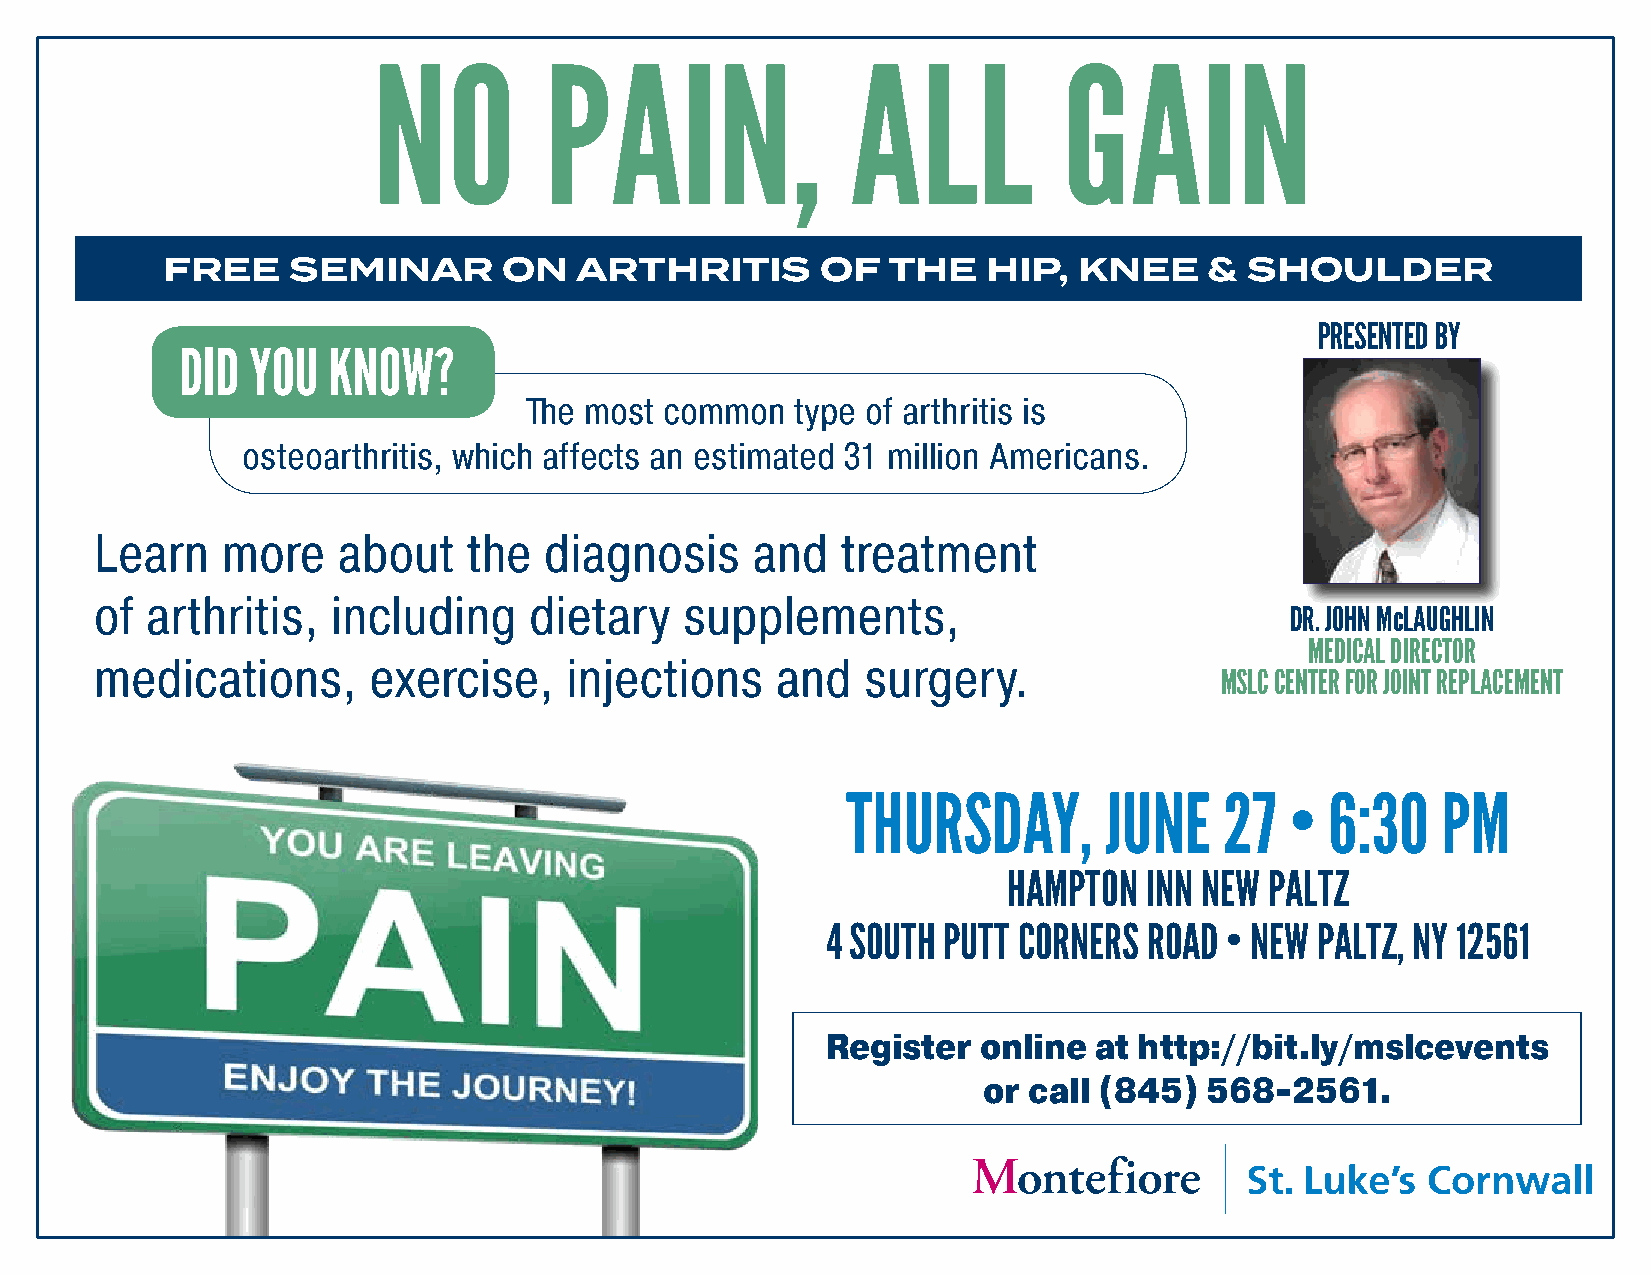
NO         PAIN,               ALL           GAIN
 FREE    SEMINAR       ON   ARTHRITIS       OF   THE   HIP,  KNEE     &  SHOULDER
 PRESENTED BY
 DID  YOU  KNOW?
 The most common   type of arthritis is
 osteoarthritis, which affects an estimated 31 million Americans.
 Learn    more   about    the  diagnosis     and   treatment
 of  arthritis,  including    dietary   supplements,
 DR. JOHN McLAUGHLIN
 MEDICAL DIRECTOR
 medications,      exercise,    injections    and   surgery.
 MSLC CENTER FOR JOINT REPLACEMENT
 THURSDAY,        JUNE    27  •  6:30   PM
 HAMPTON  INN NEW PALTZ
 4 SOUTH PUTT CORNERS ROAD • NEW PALTZ, NY 12561
 Register  online at http://bit.ly/mslcevents
 or call (845)  568-2561.